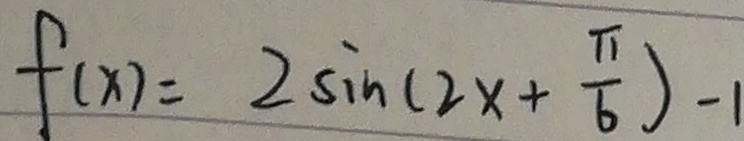
f ( x ) = 2 \sin ( 2 x + \frac { \pi } { 6 } ) - 1